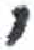
אות: י